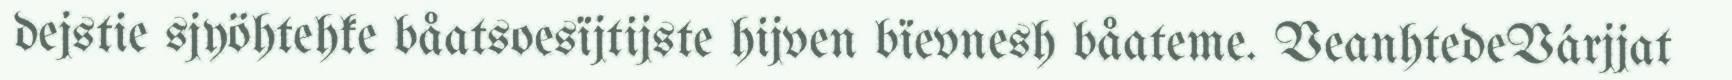
dejstie sjyöhtehke båatsoesïjtijste hijven bïevnesh båateme. VeanhtedeVárjjat